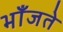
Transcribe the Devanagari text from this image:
भाँजते